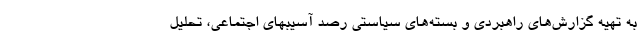
به تهیه گزارش‌های راهبردی و بسته‌های سیاستی رصد آسیبهای اجتماعی، تحلیل